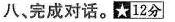
八,完成对话。☆12分